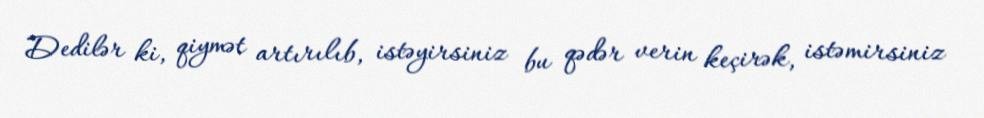
Dedilər ki, qiymət artırılıb, istəyirsiniz bu qədər verin keçirək, istəmirsiniz